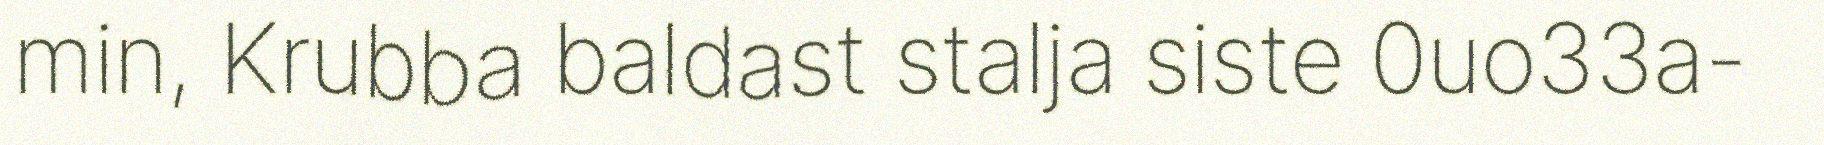
min, Krubba baldast stalja siste 0uo33a-